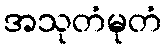
အသုတံမုတံ